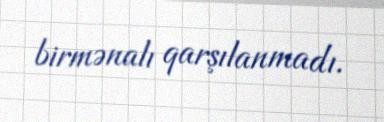
birmənalı qarşılanmadı.